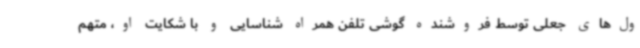
ول‌های جعلی توسط فروشنده گوشی تلفن همراه شناسایی و با شکایت او، متهم